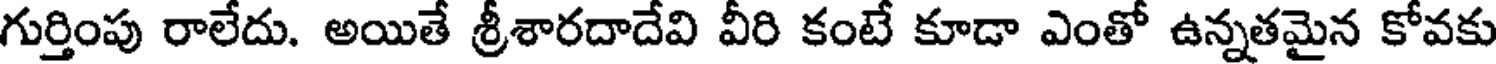
గుర్తింపు రాలేదు. అయితే శ్రీశారదాదేవి వీరి కంటే కూడా ఎంతో ఉన్నతమైన కోవకు